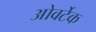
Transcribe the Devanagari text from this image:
ओवर्टेक